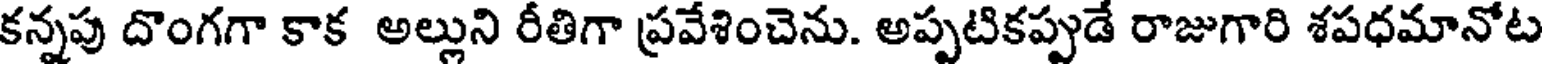
కన్నపు దొంగగా కాక అల్లుని రీతిగా ప్రవేశించెను. అప్పటికప్పుడే రాజుగారి శపధమానోట